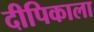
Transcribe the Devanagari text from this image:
दीपिकाला